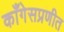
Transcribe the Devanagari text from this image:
काँगेसप्रणीत